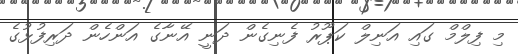
މި ފިލްމް ގައި އަނިލް ކަޕޫރު ފެނިގެން ދަނީ އޭނާގެ އަންހެން ދަރިފުޅުގެ